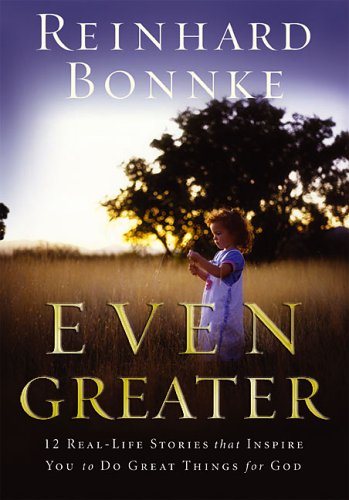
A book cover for Even Greater; Reinhard Bonnke; Christian Books & Bibles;